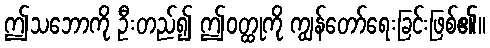
ဤသဘောကို ဦးတည်၍ ဤဝတ္ထုကို ကျွန်တော်ရေးခြင်းဖြစ်၏။